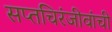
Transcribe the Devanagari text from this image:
सप्तचिरंजीवांची